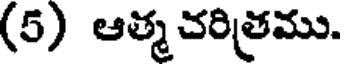
(5) ఆత్మచరిత్రము.